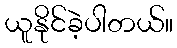
ယူနိုင်ခဲ့ပါတယ်။